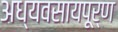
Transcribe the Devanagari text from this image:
अध्यवसायपूर्ण